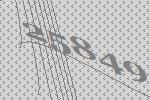
25849